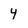
Character: 4